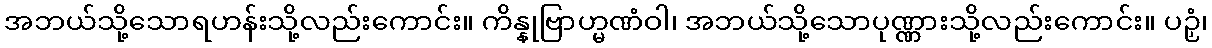
အဘယ်သို့သောရဟန်းသို့လည်းကောင်း။ ကိန္နုဗြာဟ္မဏံဝါ၊ အဘယ်သို့သောပုဏ္ဏားသို့လည်းကောင်း။ ပဉှံ၊